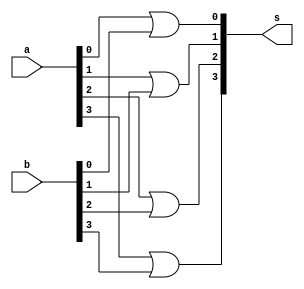
//Exemplo 0032
//Nome: Vitor Angelo Lima

module final ( output[3:0] s, input [3:0] a, input [3:0] b );
	or ( s[0], a[0], b[0] );
	or ( s[1], a[1], b[1] );
	or ( s[2], a[2], b[2] );
	or ( s[3], a[3], b[3] );
endmodule

module andgate( output[3:0] s, input c, input [3:0] a, input [3:0] b );
	wire [3:0] d;
	wire e;
	not( e, c );
	
	and ( d[0], a[0], b[0] );
	and ( d[1], a[1], b[1] );
	and ( d[2], a[2], b[2] );
	and ( d[3], a[3], b[3] );
	
	and ( s[0], d[0], e );
	and ( s[1], d[1], e );
	and ( s[2], d[2], e );
	and ( s[3], d[3], e );
endmodule

module orgate( output[3:0] s, input c, input [3:0] a, input [3:0] b );
	wire [3:0] d;
	wire e;
	
	or ( d[0], a[0], b[0] );
	or ( d[1], a[1], b[1] );
	or ( d[2], a[2], b[2] );
	or ( d[3], a[3], b[3] );
	
	and ( s[0], d[0], c );
	and ( s[1], d[1], c );
	and ( s[2], d[2], c );
	and ( s[3], d[3], c );
endmodule

module test;
	/*
	AND = 0
	OR = 1
	*/
	reg [3:0] a;
	reg [3:0] b;
	reg c;
	wire [3:0] d;
	wire [3:0] e;
	wire [3:0] f;
	
	andgate and1 ( d, c, a, b );
	orgate or1 ( e, c, a, b );
	
	final f1( f, e, d );
	
	initial begin
		a = 4'b0011;
		b = 4'b0101;
		c = 0;
		 #1 $display ( "%4b", f );
	end
endmodule